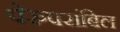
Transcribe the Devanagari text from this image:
पेरुपरांबिल